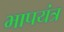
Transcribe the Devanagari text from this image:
भापयंत्र